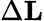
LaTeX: \Delta\mathbf{L}